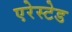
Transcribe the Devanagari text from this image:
एरेस्टेड